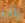
رائع